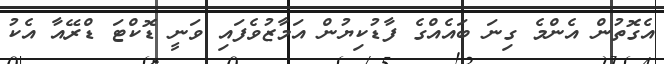
އެގޮތުން އެންމެ ގިނަ ބައެއްގެ ފާޑުކިޔުން އަމާޒުވެފައި ވަނީ ޑޮކްޓަ ޑްރޭއާ އެކު